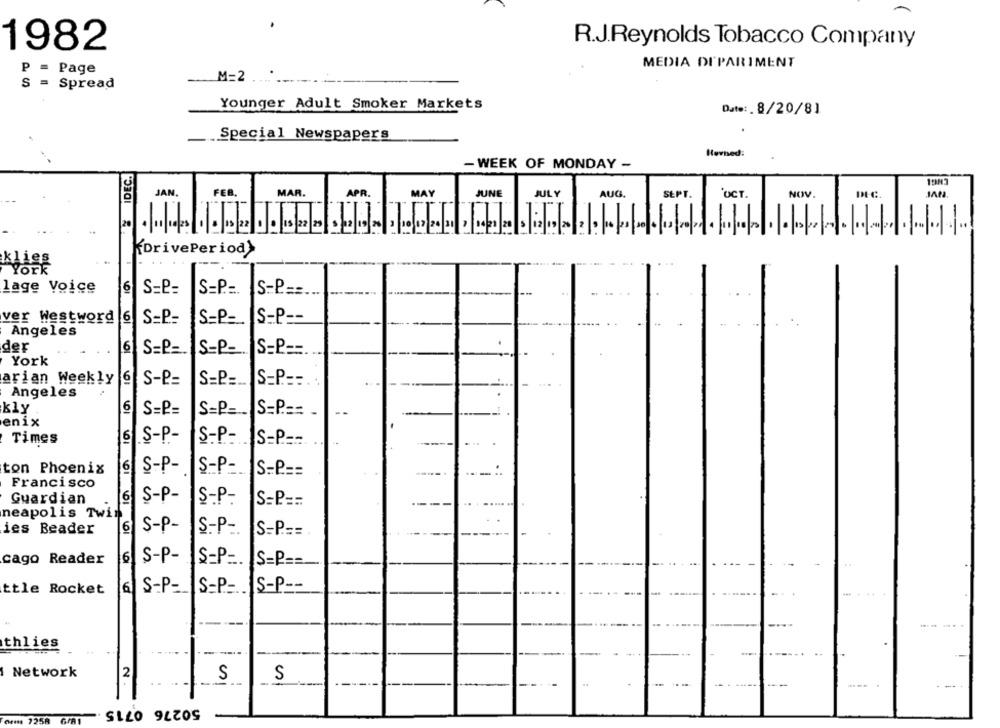
R.J.Reynolds Tobacco Company
1982
MEDIA DIPARIMENT
P = Page
M=2
S = Spread
Younger Adult Smoker Markets
Date: 8/20/81
Special Newspapers
Revised:
- WEEK OF MONDAY -
SIDEC.
JAN.
FEB.
MAR.
APR.
MAY
JUNE
JULY
AUG.
SEPT.
'OCT.
NOV.
DEC.
JAN
-
20
KDrivePeriod>
klies
York
lage Voice
6
S-P=
S=P .=. S.P ==.
ver Westword
6
S=P=
S=P-
IS-P --
Angeles
der
6
S=P _.
S-P-
S=P ==
York
arian Weekly
6
S-P=
S=P =..
S=P ==.:
Angeles
kly
6
S=P=
S=P=
S=P ==-
enix
Times
SS-P-
S-P-
S=P ==.
ton Phoenix
6
S-P-
S-P-
S=P ==
Francisco
Guardian
6
S-P-
S-P-
S=P ==
neapolis Twin
ies Beader
6
S-P-
S-P -.
S=P .==.
cago Reader
6
S-P-
S=P =.
S=P ==
ttle Rocket
6
S-P -.
S=P .... IS-P --
thlies
Network
2
S
S
50276 0715
4 725Ř
GIAI